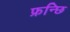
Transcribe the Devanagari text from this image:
फ्रन्छि